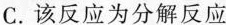
C.该反应为分解反应